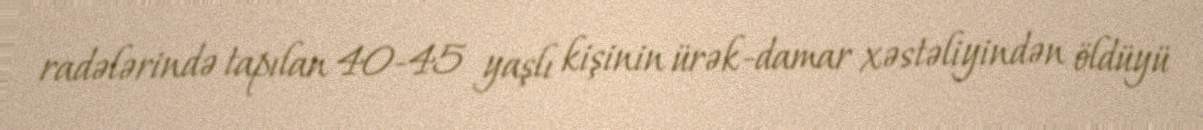
radələrində tapılan 40-45 yaşlı kişinin ürək-damar xəstəliyindən öldüyü